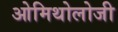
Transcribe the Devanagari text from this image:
ओमिथोलोजी